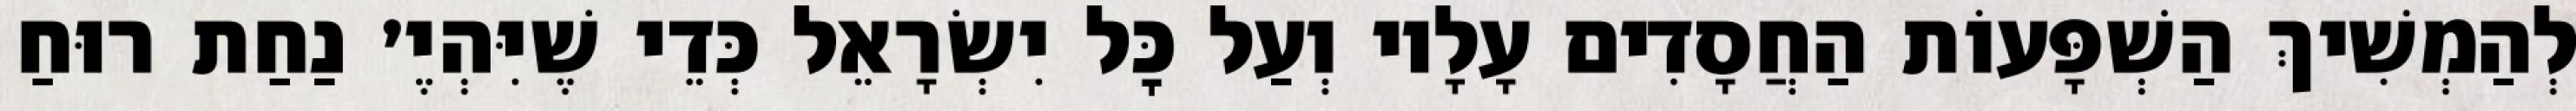
לְהַמְשִׁיךְ הַשְׁפָּעוֹת הַחֲסָדִים עָלָיו וְעַל כׇּל יִשְׂרָאֵל כְּדֵי שֶׁיִּהְיֶ׳ נַחַת רוּחַ